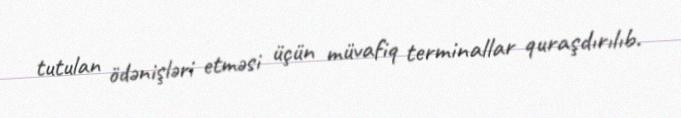
tutulan ödənişləri etməsi üçün müvafiq terminallar quraşdırılıb.